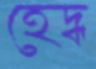
হেদ্ধ